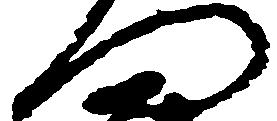
門